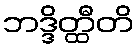
ဘဒ္ဒိတ္ထီတိ